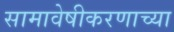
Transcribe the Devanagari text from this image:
सामावेषीकरणाच्या